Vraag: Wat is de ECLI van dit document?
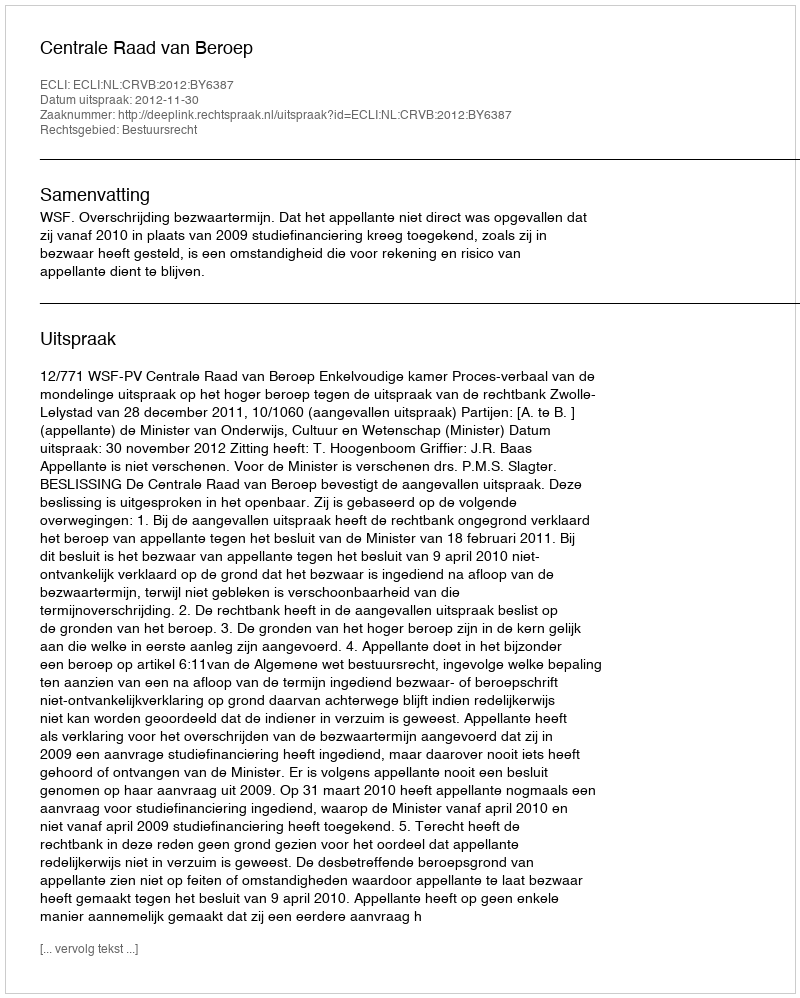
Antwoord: ECLI:NL:CRVB:2012:BY6387